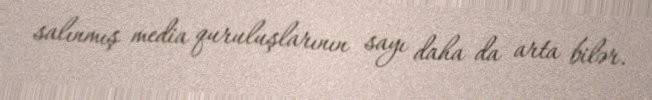
salınmış media quruluşlarının sayı daha da arta bilər.